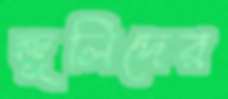
জুলিদের